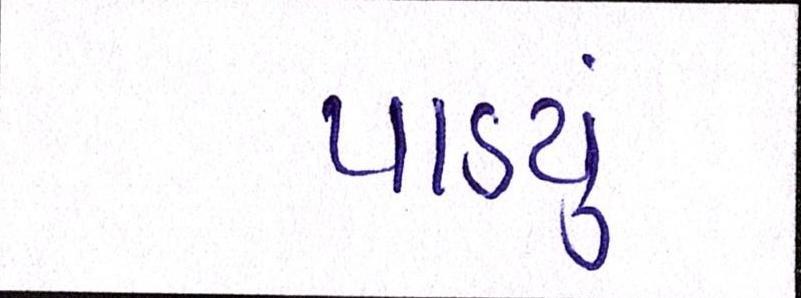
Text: પાડ્યું